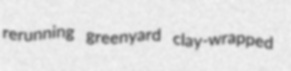
rerunning greenyard clay-wrapped